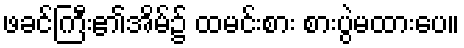
ဖခင်ကြီး၏အိမ်၌ ထမင်းစား စားပွဲမထားပေ။